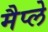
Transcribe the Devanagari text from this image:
मैप्ले